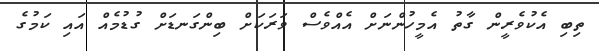
ތިބި އެކުވެރީން ގާތު އެމީހުންނަށް އެއްވެސް ވަރަކަށް ބިންގަނޑަށް ގުޑުމެއް އައި ކަމުގެ